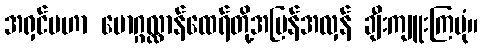
အရှင်မဟာ မောဂ္ဂလ္လာန်ထေရ်တို့အပြန်အလှန် ချီးကျူးကြပုံ။